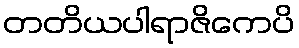
တတိယပါရာဇိကေပိ